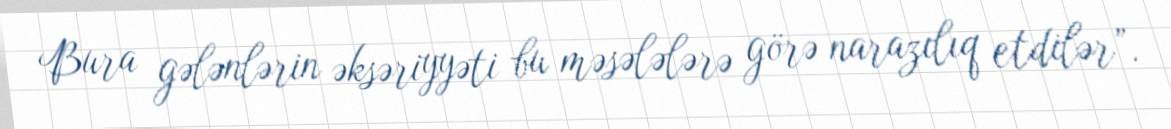
Bura gələnlərin əksəriyyəti bu məsələlərə görə narazılıq etdilər”.